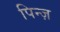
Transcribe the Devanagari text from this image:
पिन्ज़